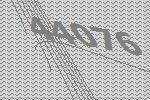
44076